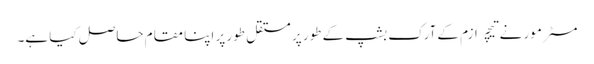
مسٹر مور نے تیچر ازم کے آرک بشپ کے طور پر مستقل طور پر اپنا مقام حاصل کیا ہے۔